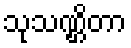
သုသဏ္ဌိတာ